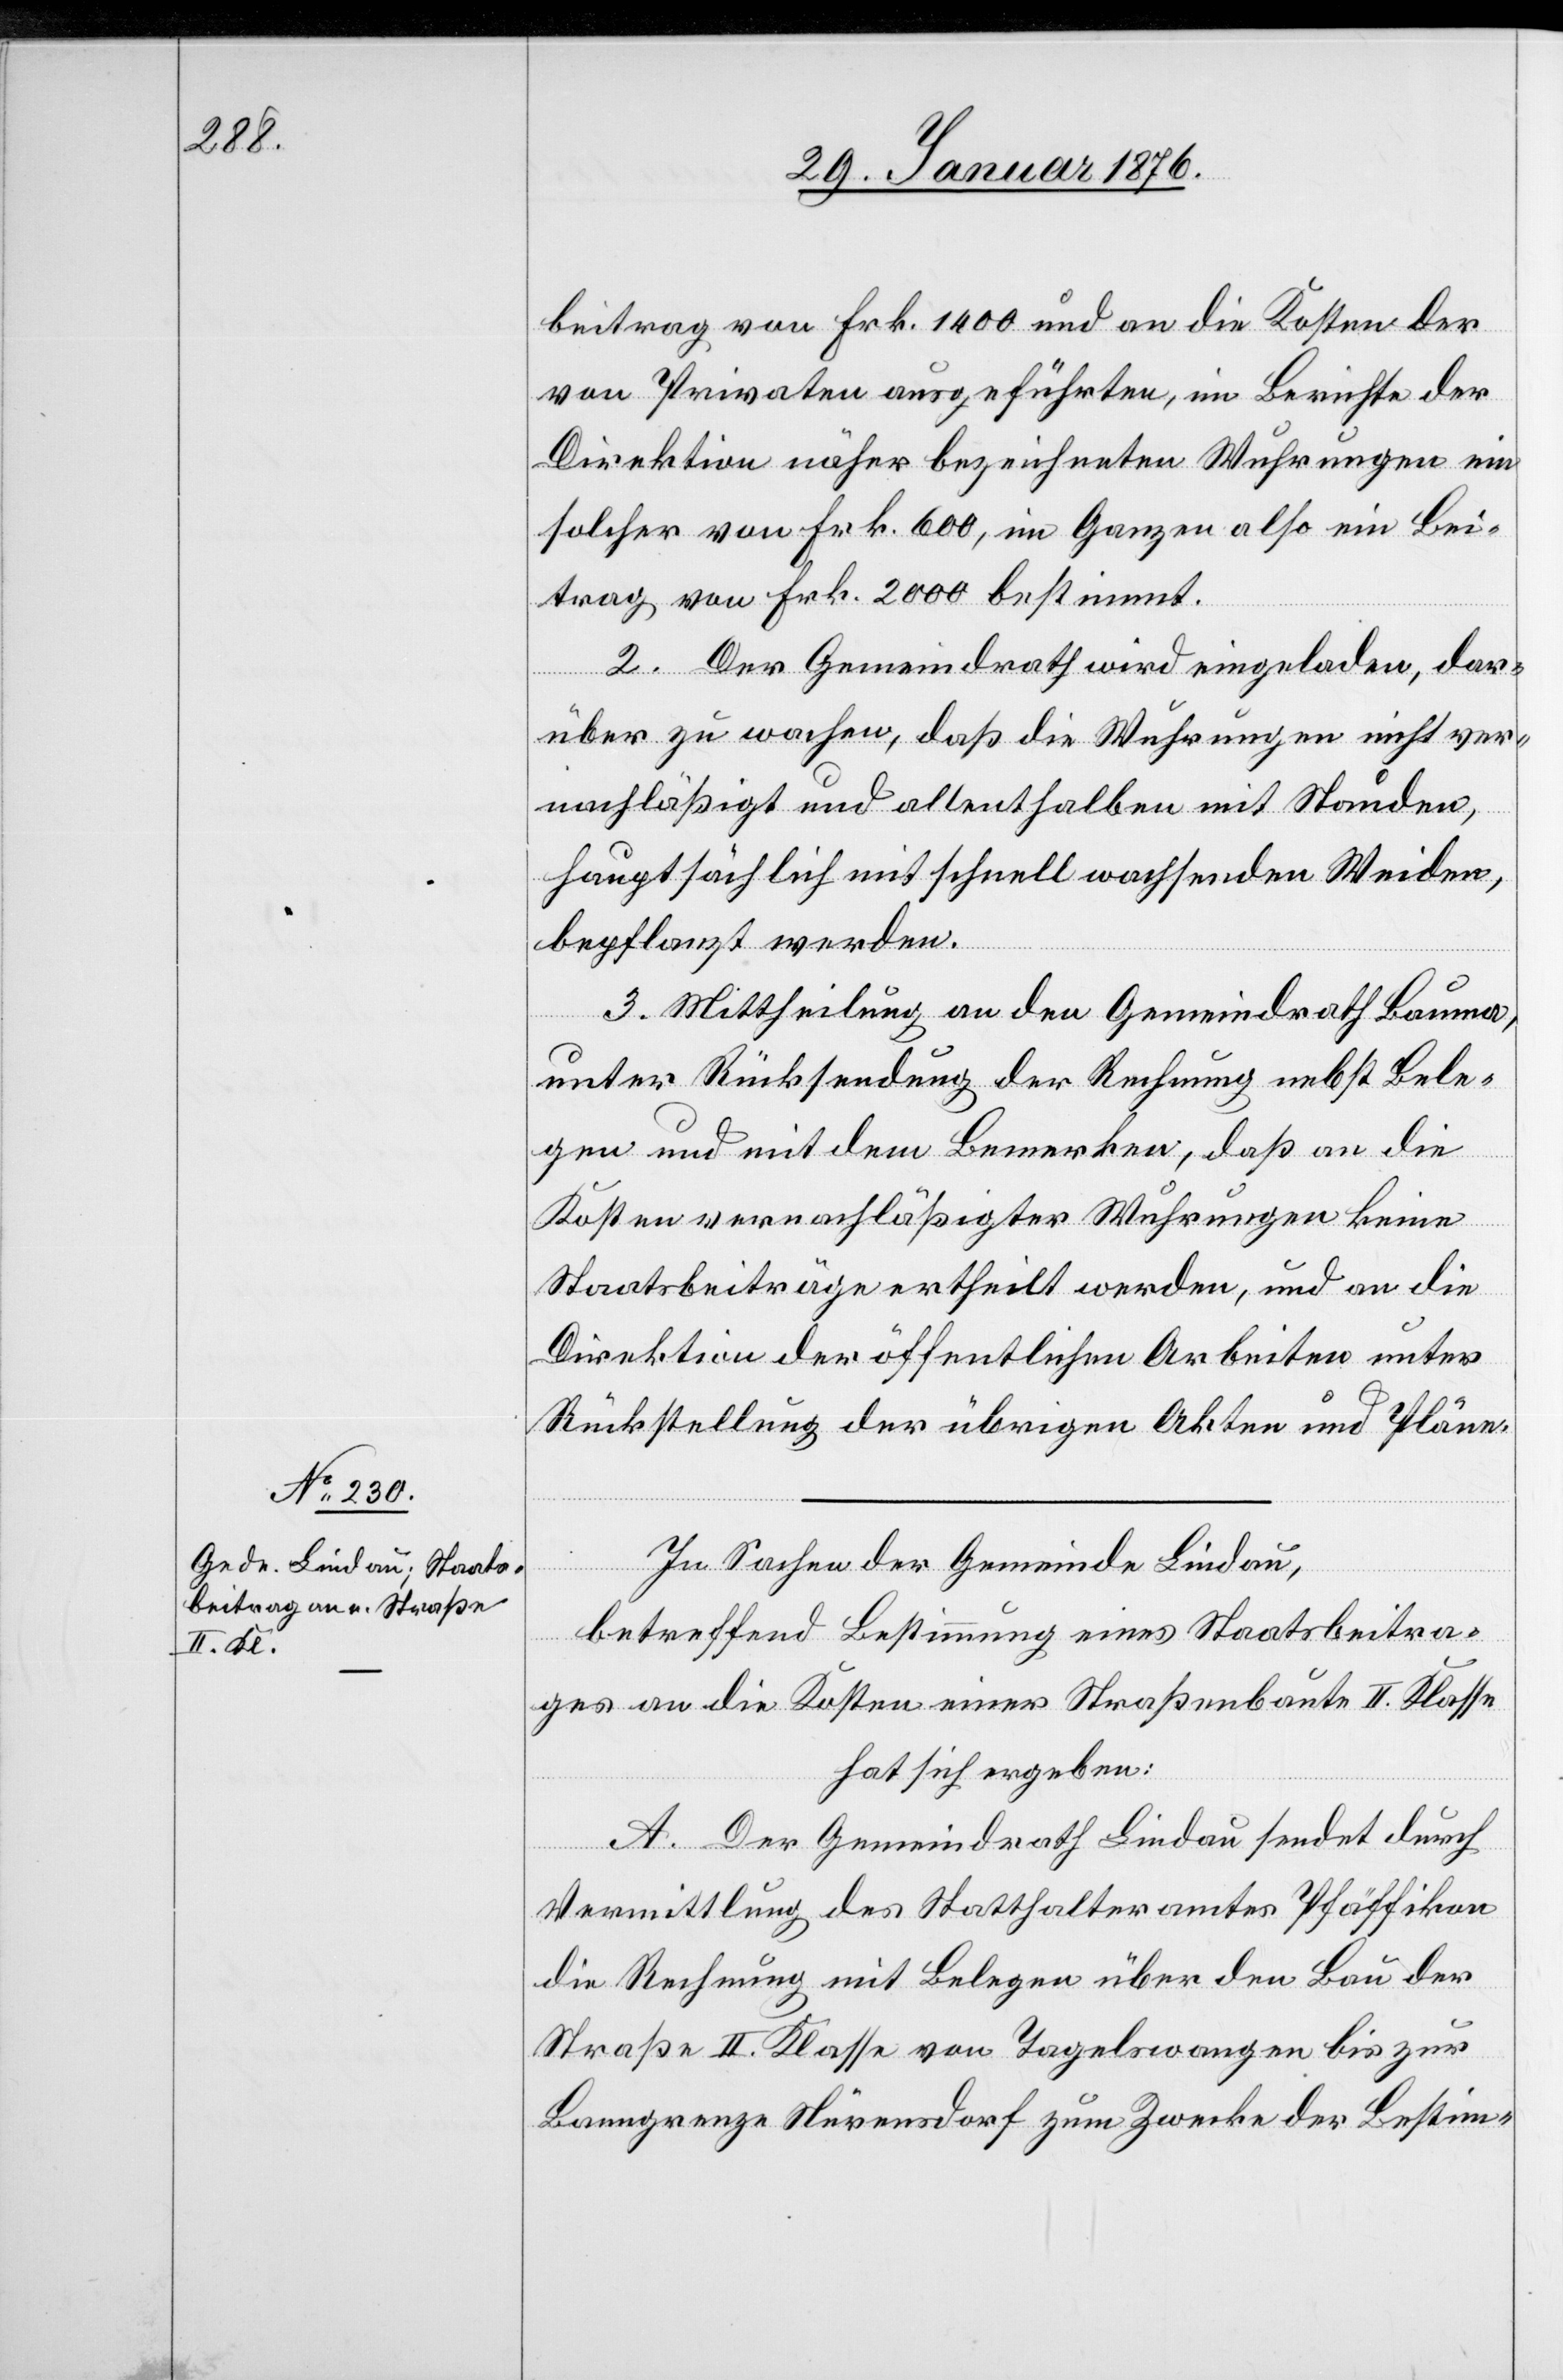
beitrag von Frk. 1400 und an die Kosten der
von Privaten ausgeführten, im Berichte der
Direktion näher bezeichneten Wuhrungen ein
solcher von Frk. 600, im Ganzen also ein Bei¬
trag von Frk. 2000 bestimmt.
2. Der Gemeindrath wird eingeladen, dar¬
über zu wachen, daß die Wuhrungen nicht ver¬
nachläßigt und allenthalben mit Stauden,
hauptsächlich mit schnell wachsenden Weiden,
bepflanzt werden.
3. Mittheilung an den Gemeindrath Bauma,
unter Rücksendung der Rechnung nebst Bele¬
gen und mit dem Bemerken, daß an die
Kosten vernachläßigter Wuhrungen keine
Staatsbeiträge ertheilt werden, und an die
Direktion der öffentlichen Arbeiten unter
Rückstellung der übrigen Akten und Pläne.
In Sachen der Gemeinde Lindau,
betreffend Bestimmung eines Staatsbeitra¬
ges an die Kosten einer Straßenbaute II. Klasse
hat sich ergeben:
A. Der Gemeindrath Lindau sendet durch
Vermittlung des Statthalteramtes Pfäffikon
die Rechnung mit Belegen über den Bau der
Straße II. Klasse von Tagelswangen bis zur
Banngrenze Nürensdorf zum Zwecke der Bestim-